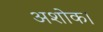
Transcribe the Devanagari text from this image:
अशोक।